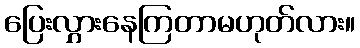
ပြေးလွှားနေကြတာမဟုတ်လား။